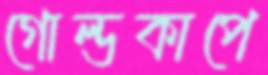
গোল্ডকাপে